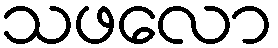
သဖလော